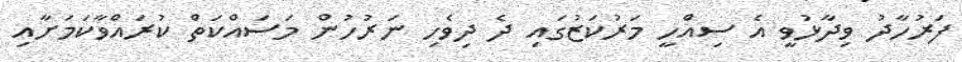
ފަރުހާދު ވިދާޅުވީ އެ ސިއްހީ މަރުކަޒުގައި ދެ ދިވެހި ނަރުހުން މަސައްކަތް ކުރައްވާކަމަށާއި